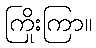
ကြိုးကြာ။